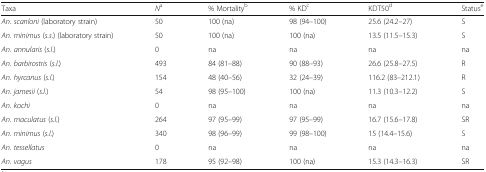
| Taxa | Na | % Mortalityb | % KDc | KDT50d | Statuse |
 | --- | --- | --- | --- | --- | --- |
 | An. scanloni (laboratory strain) | 50 | 100 (na) | 98 (94–100) | 25.6 (24.2–27) | S |
 | An. minimus (s.s.) (laboratory strain) | 50 | 100 (na) | 100 (na) | 13.5 (11.5–15.3) | S |
 | An. annularis (s.l.) | 0 | na | na | na | na |
 | An. barbirostris (s.l.) | 493 | 84 (81–88) | 90 (88–93) | 26.6 (25.8–27.5) | R |
 | An. hyrcanus (s.l.) | 154 | 48 (40–56) | 32 (24–39) | 116.2 (83–212.1) | R |
 | An. jamesii (s.l.) | 54 | 98 (95–100) | 100 (na) | 11.3 (10.3–12.2) | S |
 | An. kochi | 0 | na | na | na | na |
 | An. maculatus (s.l.) | 264 | 97 (95–99) | 97 (95–99) | 16.7 (15.6–17.8) | SR |
 | An. minimus (s.l.) | 340 | 98 (96–99) | 99 (98–100) | 15 (14.4–15.6) | S |
 | An. tessellatus | 0 | na | na | na | na |
 | An. vagus | 178 | 95 (92–98) | 100 (na) | 15.3 (14.3–16.3) | SR |